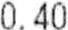
0.40